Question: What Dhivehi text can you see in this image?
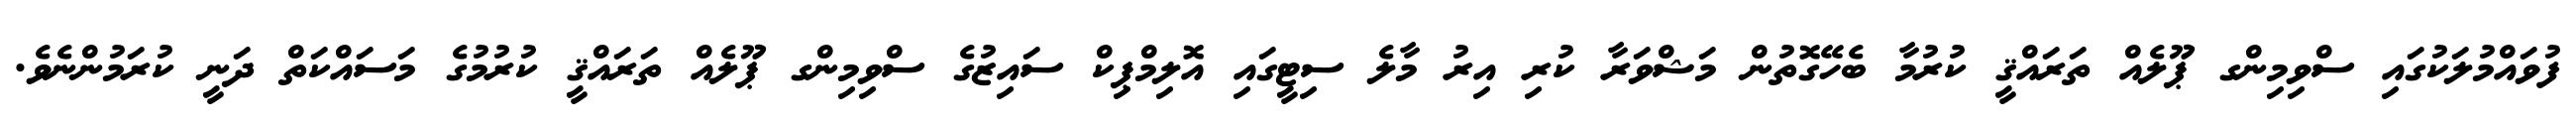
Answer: ފުވައްމުލަކުގައި ސްވިމިންގ ޕޫލެއް ތަރައްޤީ ކުރުމާ ބެހޭގޮތުން މަޝްވަރާ ކުރި އިރު މާލެ ސިޓީގައި އޮލިމްޕިކް ސައިޒުގެ ސްވިމިންގ ޕޫލެއް ތަރައްޤީ ކުރުމުގެ މަސައްކަތް ދަނީ ކުރަމުންނެވެ.